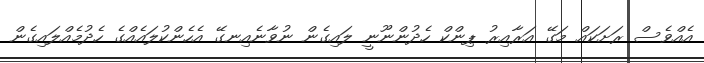
އެއްވެސް ރަށަކައް މަގޭ އަރާއިރު ޕިންކް ހެދުންނޫނީ ލައިގެން ނުވާނެއިނގޭ އެހެންކުލައެއްގެ ހެދުމެއްލައިގެން